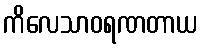
ကိလေသာဝရဏတာယ